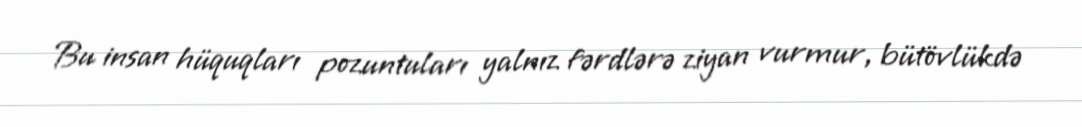
Bu insan hüquqları pozuntuları yalnız fərdlərə ziyan vurmur, bütövlükdə